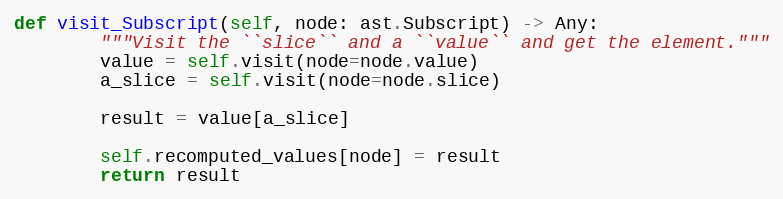
Language: Python
def visit_Subscript(self, node: ast.Subscript) -> Any:
        """Visit the ``slice`` and a ``value`` and get the element."""
        value = self.visit(node=node.value)
        a_slice = self.visit(node=node.slice)

        result = value[a_slice]

        self.recomputed_values[node] = result
        return result